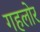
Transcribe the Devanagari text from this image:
गहलोर